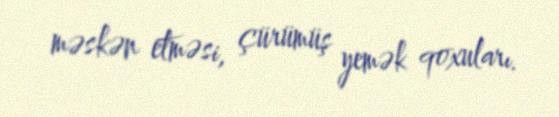
məskən etməsi, çürümüş yemək qoxuları.